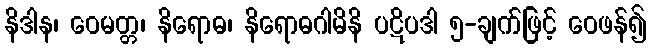
နိဒါန၊ ဝေမတ္တ၊ နိရောဓ၊ နိရောဓဂါမိနိ ပဋိပဒါ ၅-ချက်ဖြင့် ဝေဖန်၍